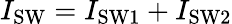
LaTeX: I_{\mathrm{SW}}=I_{\mathrm{SW1}}+I_{\mathrm{SW2}}